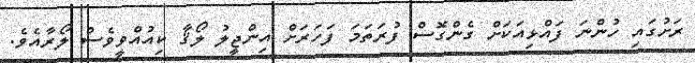
ރަށުގައި ހުންނަ ފައްޅިއަކަށް ގެންގޮސް ފުރަތަމަ ފަހަރަށް އިންޖީލު ލޯޤާ ކިއުއްވީވެސް ލޯރާއެވެ.